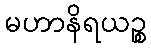
မဟာနိရယဉ္စ